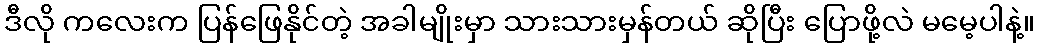
ဒီလို ကလေးက ပြန်ဖြေနိုင်တဲ့ အခါမျိုးမှာ သားသားမှန်တယ် ဆိုပြီး ပြောဖို့လဲ မမေ့ပါနဲ့။